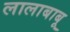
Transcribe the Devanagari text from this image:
लालाबाबू